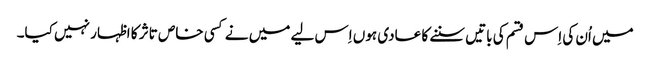
میں اُن کی اِس قسم کی باتیں سننے کا عادی ہوں اِس لیے میں نے کسی خاص تاثر کا اظہار نہیں کیا۔